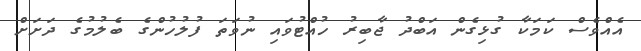
އެއްވެސް ކަމަކާ ގުޅިގެން އަބްދު ޖާބިރު ހުއްޓުވައި ނުވަތަ ފުލުހުންގެ ބެލުމުގެ ދަށަށް